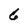
Character: 6